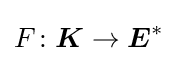
F\colon {\boldsymbol {K}}\to {\boldsymbol {E}}^{\ast }